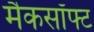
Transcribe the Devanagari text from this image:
मैकसॉफ्ट